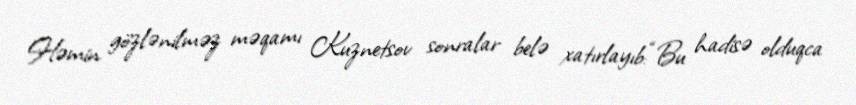
Həmin gözlənilməz məqamı Kuznetsov sonralar belə xatırlayıb:“Bu hadisə olduqca